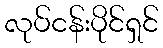
လုပ်ငန်းပိုင်ရှင်